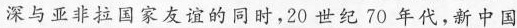
深与亚非拉国家友谊的同时，20世纪70年代，新中国